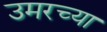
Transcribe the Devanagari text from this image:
उमरच्या